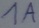
Text: 1A